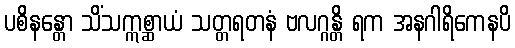
ပစိနန္တော သိံသဣစ္ဆာယံ သတ္တရတနံ ဗလဂ္ဂန္တိ ရက အနဂါရိကေနပိ